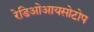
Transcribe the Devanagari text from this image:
रेडिओआयसोटोप